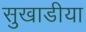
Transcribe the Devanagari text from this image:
सुखाडीया